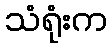
သံရုံးက